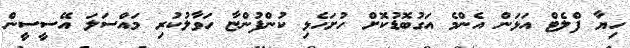
ހިޔާ ފްލެޓް އަޅަން އެންމެ އަގުބޮޑުކޮށް ހުށަހެޅި ކުންފުންޏާ ހަވާލުކުރި މައްސަލަ އޭސީސީން